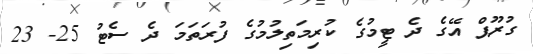
ގުރޫޕް އޭގެ ދެ ޓީމުގެ ކުރިމަތިލުމުގެ ފުރަތަމަ ދެ ސެޓު 25- 23